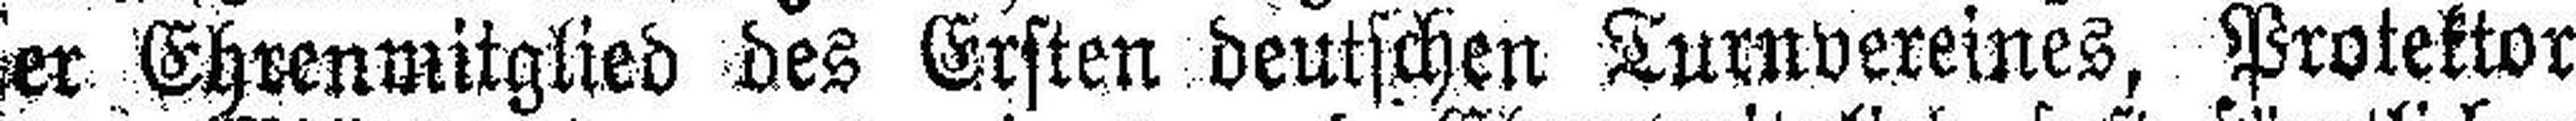
er Ehrenmitglied des Ersten deutschen Turnvereines, Protektor